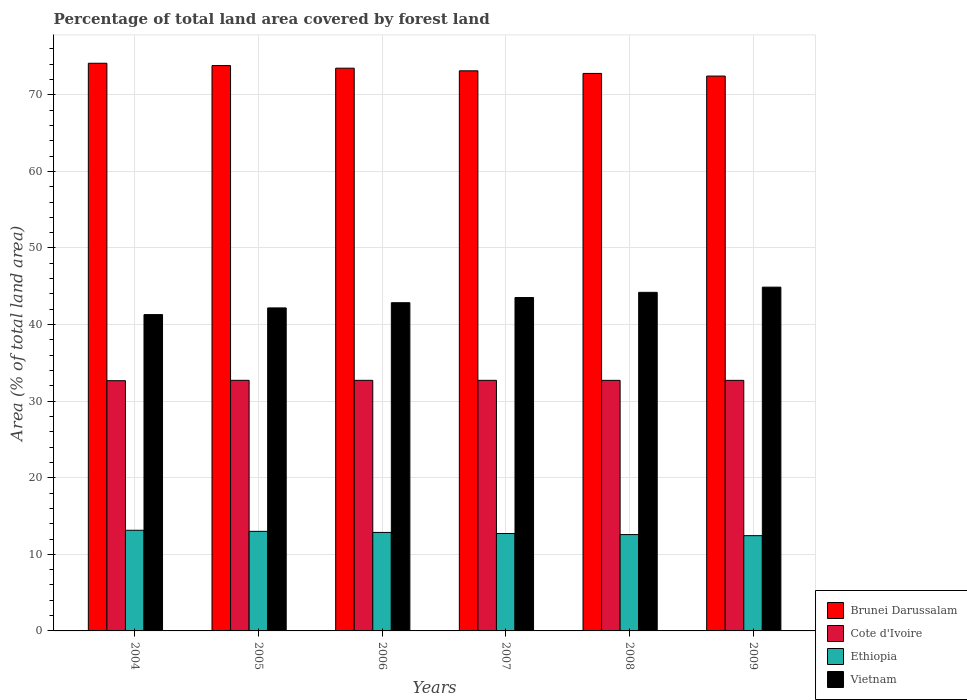
| Years | Brunei Darussalam | Cote d'Ivoire | Ethiopia | Vietnam |
 | --- | --- | --- | --- | --- |
 | 2004 | 74.1 | 32.7 | 13.1 | 41.3 |
 | 2005 | 73.8 | 32.7 | 13 | 42.2 |
 | 2006 | 73.5 | 32.7 | 12.9 | 42.9 |
 | 2007 | 73.1 | 32.7 | 12.7 | 43.5 |
 | 2008 | 72.8 | 32.7 | 12.6 | 44.2 |
 | 2009 | 72.4 | 32.7 | 12.4 | 44.9 |